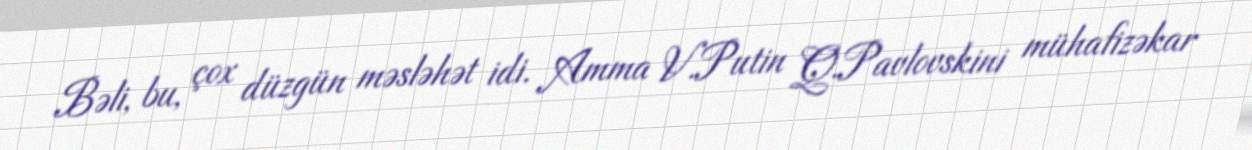
Bəli, bu, çox düzgün məsləhət idi. Amma V.Putin Q.Pavlovskini mühafizəkar